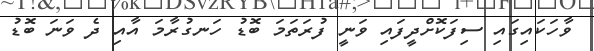
ވާހަކައިގައި ސިފަކޮށްދީފައި ވަނީ ފުރަތަމަ ބޮޑު ހަނގުރާމަ އާއި ދެ ވަނަ ބޮޑު